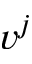
v ^ { j }